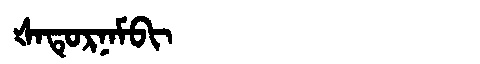
Manchu: ᡧᠠᡨᡠᡵᠨᠠᠮᠪᡳ
Romanization: ŠATURNAMBI